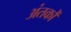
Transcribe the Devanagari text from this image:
अंतकों